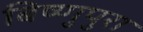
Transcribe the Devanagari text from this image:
बिष्णुपुरा